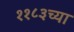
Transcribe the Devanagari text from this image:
११८३च्या